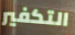
التكفير